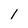
Character: 1